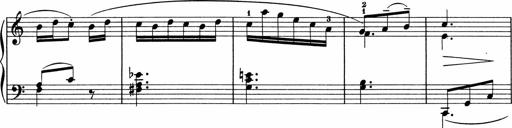
Title: 5 Sonatinen fÃ¼r die Jugend
Composer: Carl Reinecke